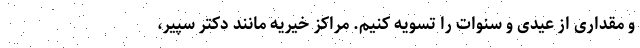
و مقداری از عیدی و سنوات را تسویه کنیم. مراکز خیریه مانند دکتر سپیر،